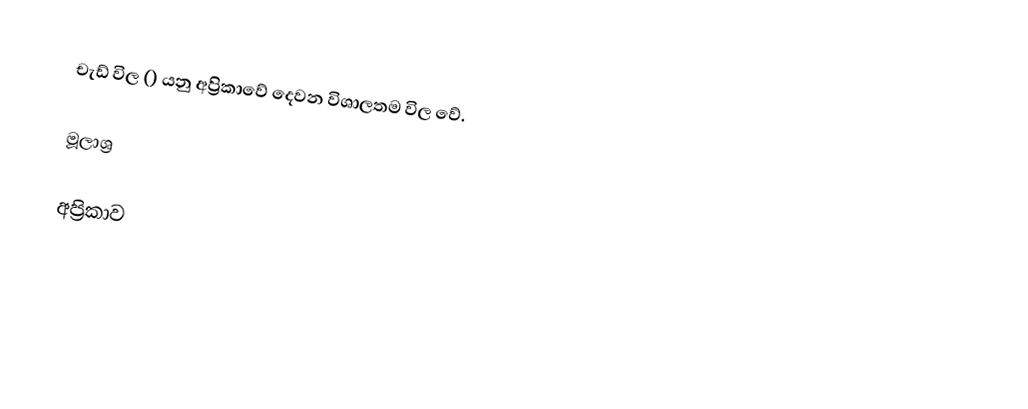
චැඩ් විල () යනු අප්‍රිකාවේ දෙවන විශාලතම විල වේ.

මූලාශ්‍ර

අප්‍රිකාව